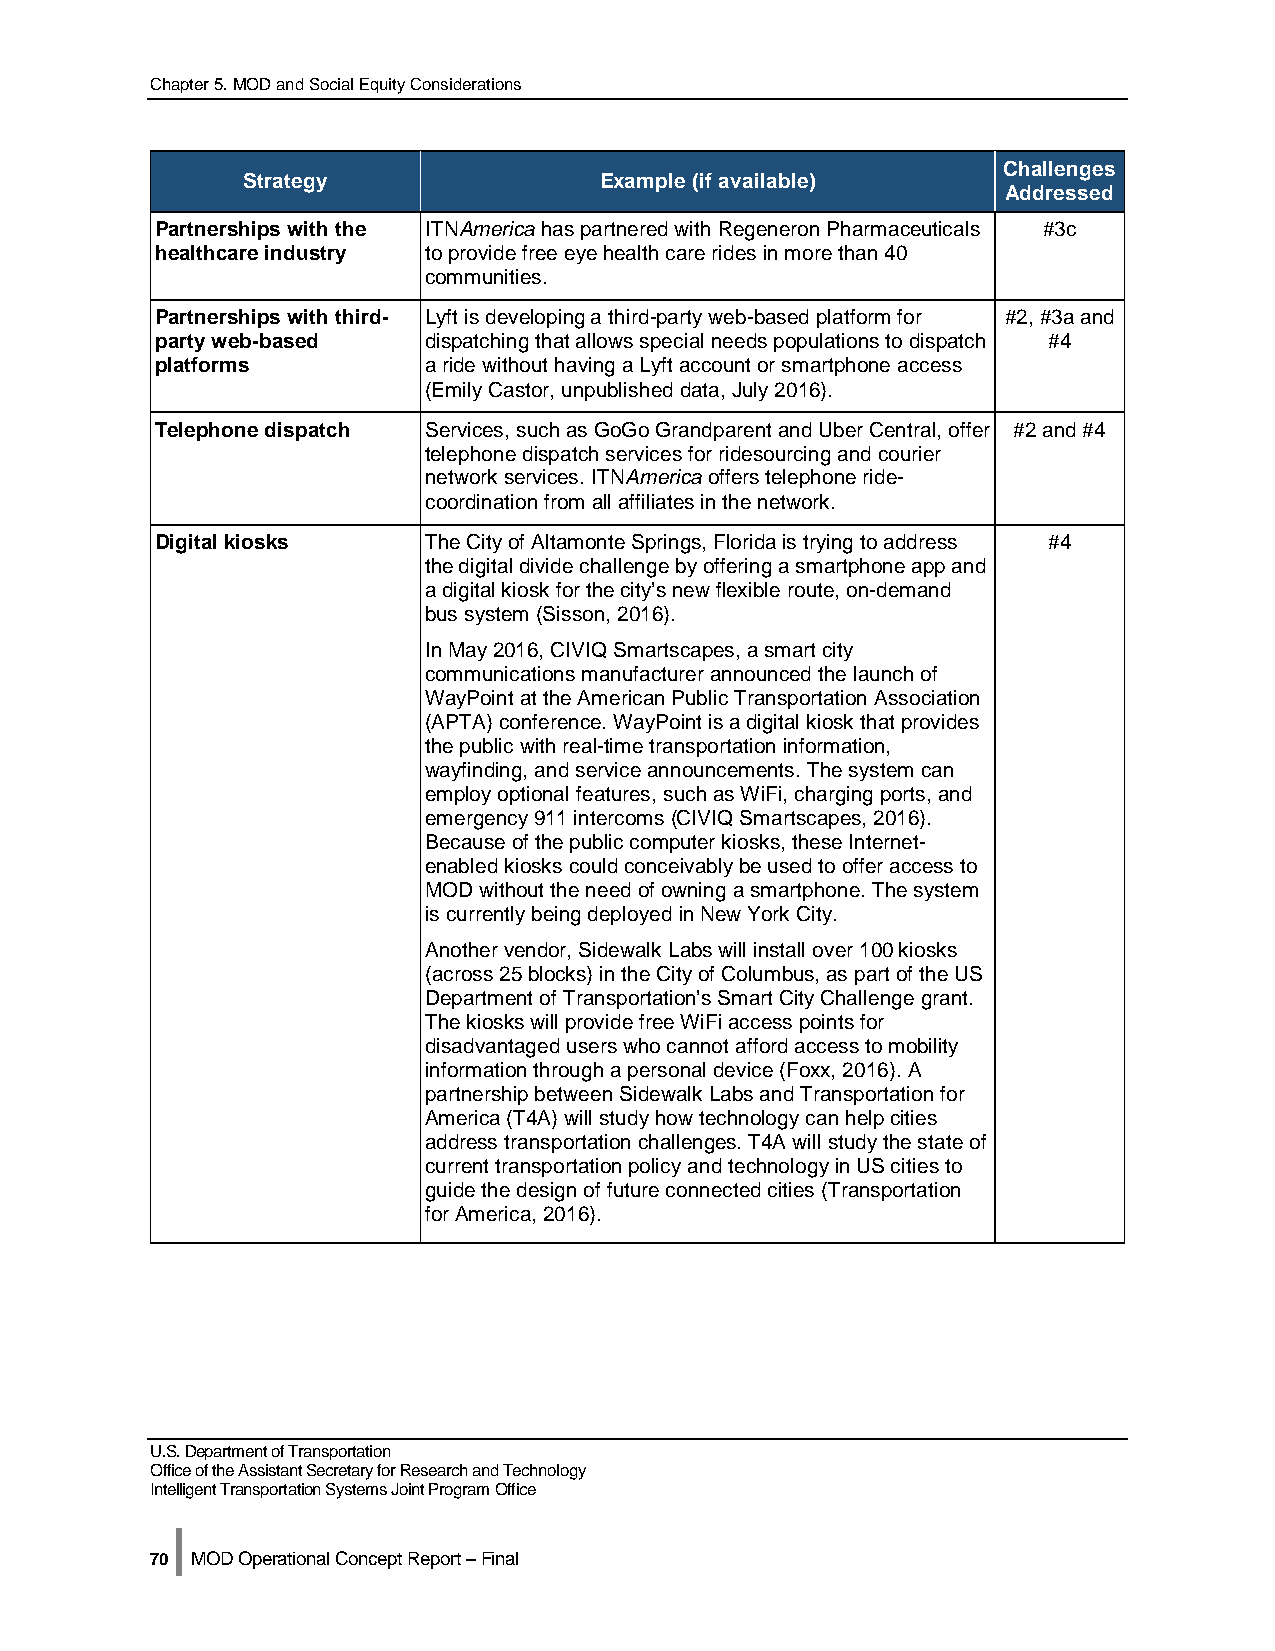
Chapter 5. MOD and Social Equity Considerations
 Challenges
 Strategy                Example (if available)
 Addressed
 Partnerships with the ITNAmerica has partnered with Regeneron Pharmaceuticals #3c
 healthcare industry to provide free eye health care rides in more than 40
 communities.
 Partnerships with third- Lyft is developing a third-party web-based platform for #2, #3a and
 party web-based   dispatching that allows special needs populations to dispatch #4
 platforms         a ride without having a Lyft account or smartphone access
 (Emily Castor, unpublished data, July 2016).
 Telephone dispatch Services, such as GoGo Grandparent and Uber Central, offer #2 and #4
 telephone dispatch services for ridesourcing and courier
 network services. ITNAmerica offers telephone ride-
 coordination from all affiliates in the network.
 Digital kiosks    The City of Altamonte Springs, Florida is trying to address #4
 the digital divide challenge by offering a smartphone app and
 a digital kiosk for the city’s new flexible route, on-demand
 bus system (Sisson, 2016).
 In May 2016, CIVIQ Smartscapes, a smart city
 communications manufacturer announced the launch of
 WayPoint at the American Public Transportation Association
 (APTA) conference. WayPoint is a digital kiosk that provides
 the public with real-time transportation information,
 wayfinding, and service announcements. The system can
 employ optional features, such as WiFi, charging ports, and
 emergency 911 intercoms (CIVIQ Smartscapes, 2016).
 Because of the public computer kiosks, these Internet-
 enabled kiosks could conceivably be used to offer access to
 MOD without the need of owning a smartphone. The system
 is currently being deployed in New York City.
 Another vendor, Sidewalk Labs will install over 100 kiosks
 (across 25 blocks) in the City of Columbus, as part of the US
 Department of Transportation’s Smart City Challenge grant.
 The kiosks will provide free WiFi access points for
 disadvantaged users who cannot afford access to mobility
 information through a personal device (Foxx, 2016). A
 partnership between Sidewalk Labs and Transportation for
 America (T4A) will study how technology can help cities
 address transportation challenges. T4A will study the state of
 current transportation policy and technology in US cities to
 guide the design of future connected cities (Transportation
 for America, 2016).
 U.S. Department of Transportation
 Office of the Assistant Secretary for Research and Technology
 Intelligent Transportation Systems Joint Program Office
 |
 70 MOD Operational Concept Report – Final